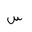
Letter: _sin